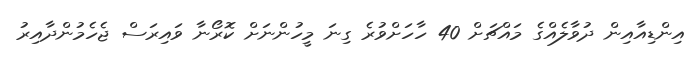
އިންޑިއާއިން ދުވާލެއްގެ މައްޗަށް 40 ހާހަށްވުރެ ގިނަ މީހުންނަށް ކޮރޯނާ ވައިރަސް ޖެހެމުންދާއިރު